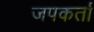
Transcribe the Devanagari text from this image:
जपकर्ता